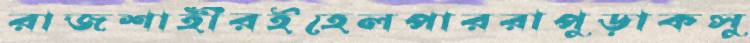
রাজশাহীরইহেলপাররাপুড়াকসু